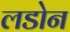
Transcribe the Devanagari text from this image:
लडोन